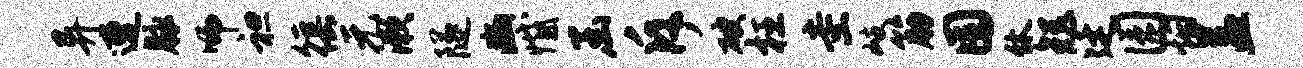
异遭脉师袒徭元漱隧豳憾函斥破枉圭岐筋囿休矩廷园烟益